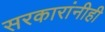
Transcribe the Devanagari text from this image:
सरकारांनीही